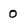
Character: 0